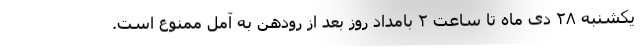
یکشنبه ۲۸ دی ماه تا ساعت ۲ بامداد روز بعد از رودهن به آمل ممنوع است.